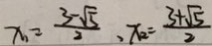
x _ { 1 } = \frac { 3 - \sqrt { 5 } } { 2 } , x _ { 2 } = \frac { 3 + \sqrt { 5 } } { 2 }